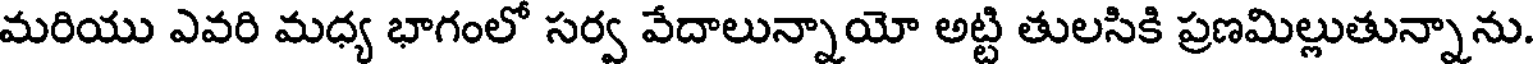
మరియు ఎవరి మధ్య భాగంలో సర్వ వేదాలున్నాయో అట్టి తులసికి ప్రణమిల్లుతున్నాను.